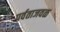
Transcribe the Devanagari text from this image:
पर्वताजवळ